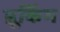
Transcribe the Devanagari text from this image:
ब्रूकिंग